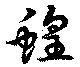
蝗